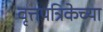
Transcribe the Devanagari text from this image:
वृत्तपत्रिकेच्या